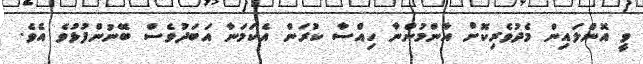
ވީ އޮންލައިން މެދުވެރިކޮށް އާންމުންނާ ހިއްސާ ކުރަން އެކަމަނާ އަބަދުވެސް ބޭނުންފުޅުވެ އެވެ.